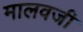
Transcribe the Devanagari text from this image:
मालवजी